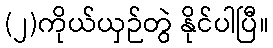
(၂)ကိုယ်ယှဉ်တွဲ နိုင်ပါပြီ။